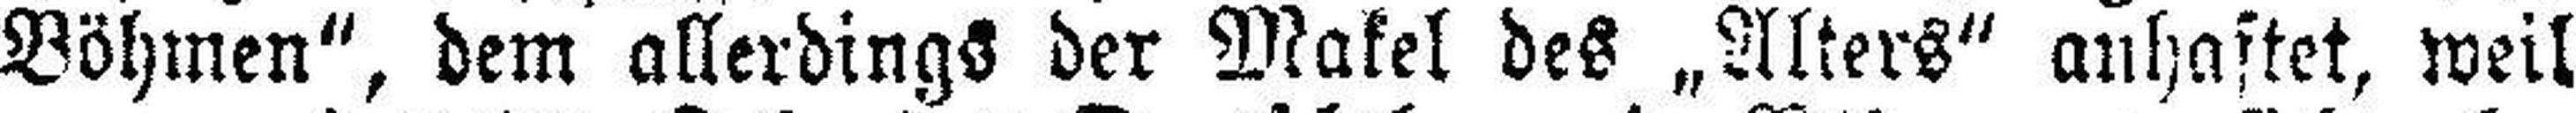
Böhmen“, dem allerdings der Makel des „Alkers“ auhaftet, weil